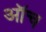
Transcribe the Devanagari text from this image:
ऑच